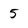
Character: 5